Civil Veterinary Dept. North-West Frontier Province 1933-46 - 1933-1946
Year: 1933
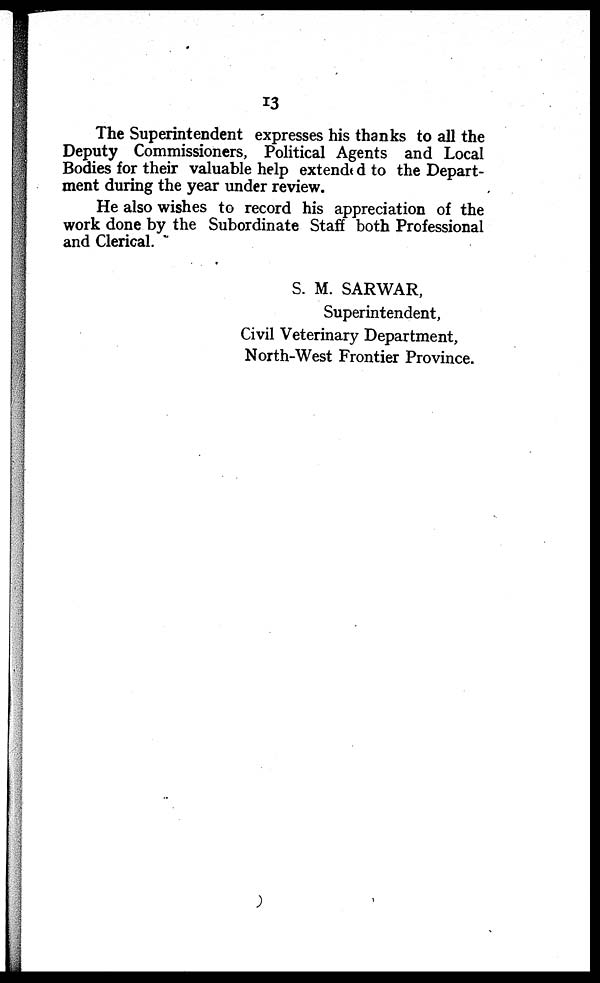
13
The Superintendent expresses his thanks to all the
Deputy Commissioners, Political Agents and Local
Bodies for their valuable help extended to the Depart-
ment during the year under review.
He also wishes to record his appreciation of the
work done by the Subordinate Staff both Professional
and Clerical.
S. M. SARWAR,
Superintendent,
Civil Veterinary Department,
North-West Frontier Province.